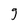
Character: g